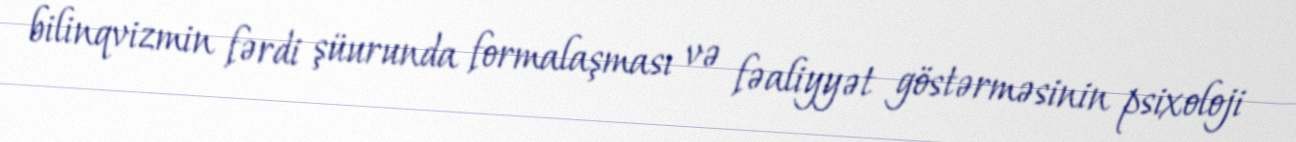
bilinqvizmin fərdi şüurunda formalaşması və fəaliyyət göstərməsinin psixoloji